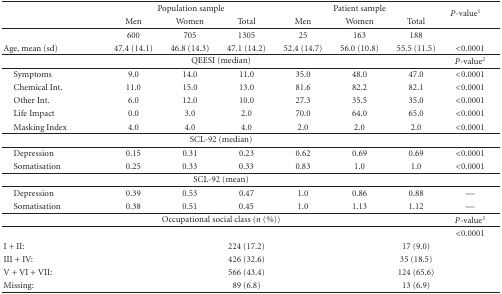
<table><thead><tr><td rowspan="2"></td><td colspan="3"><b>Population sample</b></td><td colspan="3"><b>Patient sample</b></td><td rowspan="2"><b><i>P-</i>value<sup>1</sup></b></td></tr><tr><td><b>Men</b></td><td><b>Women</b></td><td><b>Total</b></td><td><b>Men</b></td><td><b>Women</b></td><td><b>Total</b></td></tr></thead><tbody><tr><td></td><td>600</td><td>705</td><td>1305</td><td>25</td><td>163</td><td>188</td><td></td></tr><tr><td>Age, mean (sd)</td><td>47.4 (14.1)</td><td>46.8 (14.3)</td><td>47.1 (14.2)</td><td>52.4 (14.7)</td><td>56.0 (10.8)</td><td>55.5 (11.5)</td><td>&lt;0.0001</td></tr><tr><td colspan="7">QEESI (median)</td><td><i>P-</i>value<sup>2</sup></td></tr><tr><td> Symptoms</td><td>9.0</td><td>14.0</td><td>11.0</td><td>35.0</td><td>48.0</td><td>47.0</td><td>&lt;0.0001</td></tr><tr><td> Chemical Int.</td><td>11.0</td><td>15.0</td><td>13.0</td><td>81.6</td><td>82.2</td><td>82.1</td><td>&lt;0.0001</td></tr><tr><td> Other Int.</td><td>6.0</td><td>12.0</td><td>10.0</td><td>27.3</td><td>35.5</td><td>35.0</td><td>&lt;0.0001</td></tr><tr><td> Life Impact</td><td>0.0</td><td>3.0</td><td>2.0</td><td>70.0</td><td>64.0</td><td>65.0</td><td>&lt;0.0001</td></tr><tr><td> Masking Index</td><td>4.0</td><td>4.0</td><td>4.0</td><td>2.0</td><td>2.0</td><td>2.0</td><td>&lt;0.0001</td></tr><tr><td colspan="7">SCL-92 (median)</td><td></td></tr><tr><td> Depression</td><td>0.15</td><td>0.31</td><td>0.23</td><td>0.62</td><td>0.69</td><td>0.69</td><td>&lt;0.0001</td></tr><tr><td> Somatisation</td><td>0.25</td><td>0.33</td><td>0.33</td><td>0.83</td><td>1.0</td><td>1.0</td><td>&lt;0.0001</td></tr><tr><td colspan="7">SCL-92 (mean)</td><td></td></tr><tr><td> Depression</td><td>0.39</td><td>0.53</td><td>0.47</td><td>1.0</td><td>0.86</td><td>0.88</td><td>—</td></tr><tr><td> Somatisation</td><td>0.38</td><td>0.51</td><td>0.45</td><td>1.0</td><td>1.13</td><td>1.12</td><td>—</td></tr><tr><td colspan="7">Occupational social class (<i>n</i> (%))</td><td><i>P-</i>value<sup>3</sup></td></tr><tr><td colspan="2"></td><td></td><td></td><td></td><td></td><td></td><td>&lt;0.0001</td></tr><tr><td>I + II:</td><td></td><td></td><td>224 (17.2)</td><td></td><td></td><td>17 (9.0)</td><td></td></tr><tr><td>III + IV:</td><td></td><td></td><td>426 (32.6)</td><td></td><td></td><td>35 (18.5)</td><td></td></tr><tr><td>V + VI + VII:</td><td></td><td></td><td>566 (43.4)</td><td></td><td></td><td>124 (65.6)</td><td></td></tr><tr><td>Missing:</td><td></td><td></td><td>89 (6.8)</td><td></td><td></td><td>13 (6.9)</td><td></td></tr></tbody></table>